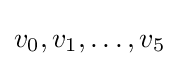
v_{0},v_{1},\dots ,v_{5}